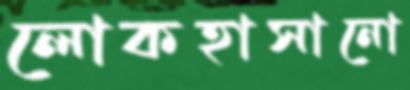
লোকহাসানো